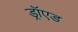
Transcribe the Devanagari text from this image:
ड्रॉएड